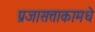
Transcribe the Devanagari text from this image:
प्रजासत्ताकामधे